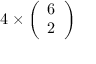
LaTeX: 4 \times { \left( \begin{array} { l } { 6 } \\ { 2 } \end{array} \right) }